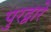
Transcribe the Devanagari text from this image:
पुरद्वारे